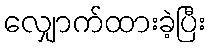
လျှောက်ထားခဲ့ပြီး